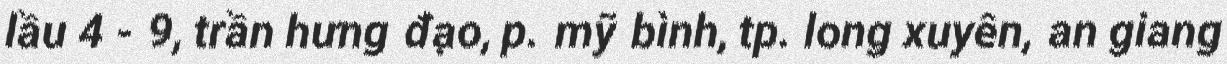
lầu 4 - 9, trần hưng đạo, p. mỹ bình, tp. long xuyên, an giang